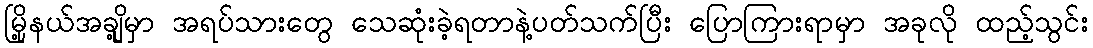
မြို့နယ်အချို့မှာ အရပ်သားတွေ သေဆုံးခဲ့ရတာနဲ့ပတ်သက်ပြီး ပြောကြားရာမှာ အခုလို ထည့်သွင်း